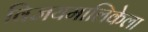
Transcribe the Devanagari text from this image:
विजयमालिकेला